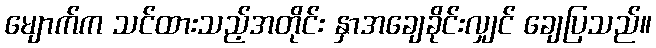
မျောက်က သင်ထားသည့်အတိုင်း နှာအချေခိုင်းလျှင် ချေပြသည်။